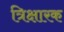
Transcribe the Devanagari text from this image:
त्रिक्षारक